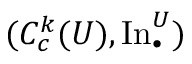
( C _ { c } ^ { k } ( U ) , \operatorname { I n } _ { \bullet } ^ { U } )